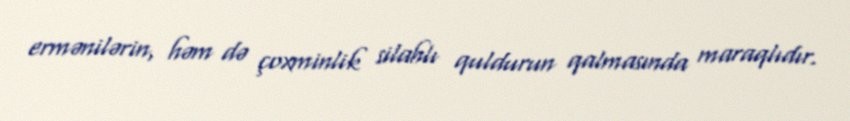
ermənilərin, həm də çoxminlik silahlı quldurun qalmasında maraqlıdır.